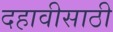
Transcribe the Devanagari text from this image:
दहावीसाठी